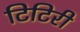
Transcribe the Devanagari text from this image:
टिटिरी